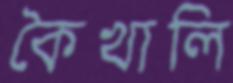
কৈখালি